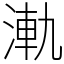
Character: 𣷾